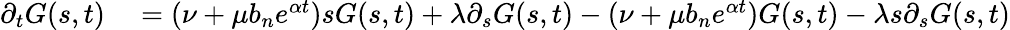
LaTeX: \begin{array}{rl}{\partial_{t}G(s,t)}&{{}=(\nu+\mu b_{n}e^{\alpha t})sG(s,t)+\lambda\partial_{s}G(s,t)-(\nu+\mu b_{n}e^{\alpha t})G(s,t)-\lambda s\partial_{s}G(s,t)}\end{array}